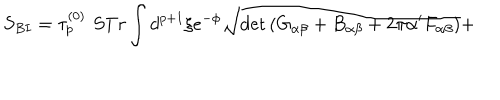
S _ { B I } = \tau _ { p } ^ { ( 0 ) } \, \, S T r \int d ^ { p + 1 } \xi e ^ { - \phi } \sqrt { \det \left( G _ { \alpha \beta } + B _ { \alpha \beta } + 2 \pi \alpha ^ { \prime } F _ { \alpha \beta } \right) } +